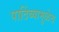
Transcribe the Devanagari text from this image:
पाठिंब्यामुळेच